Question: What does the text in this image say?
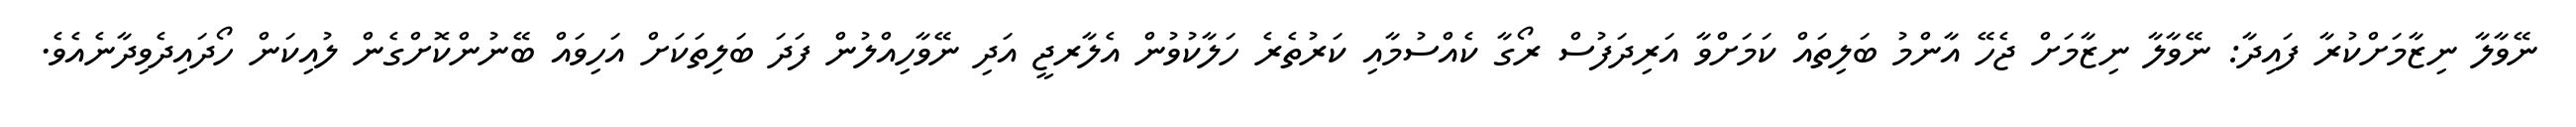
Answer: ނޭވާލާ ނިޒާމަށްކުރާ ފައިދާ: ނޭވާލާ ނިޒާމަށް ޖެހޭ އާންމު ބަލިތައް ކަމަށްވާ އަރިދަފުސް ރޯގާ ކެއްސުމާއި ކަރުތެރެ ހަލާކުވުން އެލާރޖީ އަދި ނޭވާހިއްލުން ފަދަ ބަލިތަކަށް އަހިވައް ބޭނުންކޮށްގެން ލުއިކަން ހޯދައިދެވިދާނެއެވެ.